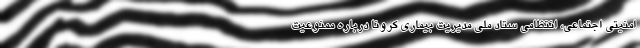
امنیتی اجتماعی، انتظامی ستاد ملی مدیریت بیماری کرونا درباره ممنوعیت